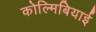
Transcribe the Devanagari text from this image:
कोल्मिबियाई